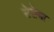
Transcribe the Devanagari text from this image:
सेरोमा